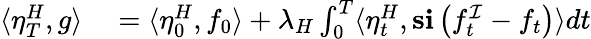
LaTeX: \begin{array}{rl}{\langle\eta_{T}^{H},g\rangle}&{{}=\langle\eta_{0}^{H},f_{0}\rangle+\lambda_{H}\int_{0}^{T}\langle\eta_{t}^{H},\mathbf{s}\mathbf{i}\left(f_{t}^{\mathcal{I}}-f_{t}\right)\rangle dt}\end{array}